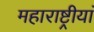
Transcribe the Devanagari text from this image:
महाराष्ट्रीयां